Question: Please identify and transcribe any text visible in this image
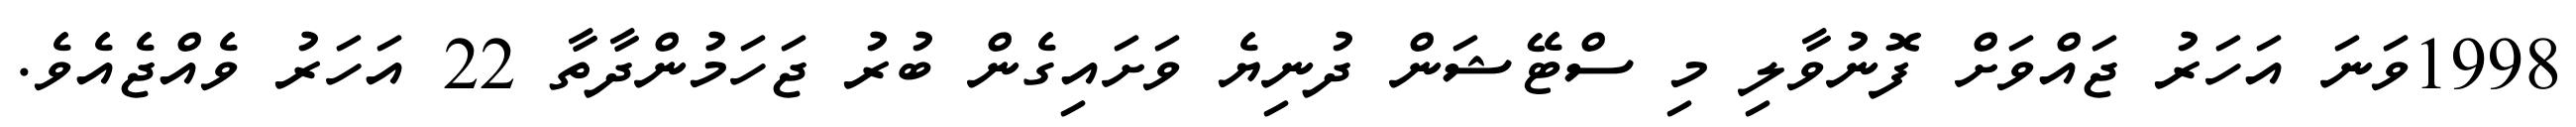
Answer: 1998ވަނަ އަހަރު ޖައްވަށް ފޮނުވާލި މި ސްޓޭޝަން ދުނިޔެ ވަށައިގެން ބުރު ޖަހަމުންދާތާ 22 އަހަރު ވެއްޖެއެވެ.